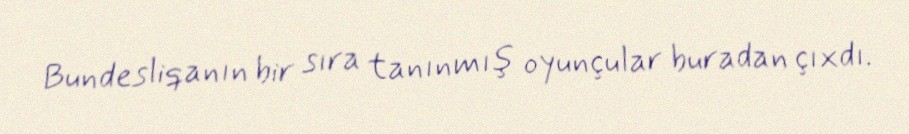
Bundesliqanın bir sıra tanınmış oyunçular buradan çıxdı.